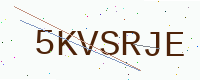
Text: 5KVSRJE